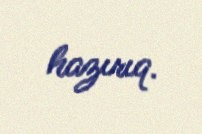
hazırıq.